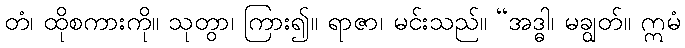
တံ၊ ထိုစကားကို။ သုတွာ၊ ကြား၍။ ရာဇာ၊ မင်းသည်။ “အဒ္ဓါ၊ မချွတ်။ ဣမံ